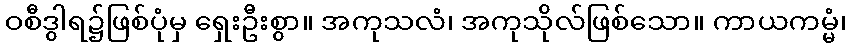
ဝစီဒွါရ၌ဖြစ်ပုံမှ ရှေးဦးစွာ။ အကုသလံ၊ အကုသိုလ်ဖြစ်သော။ ကာယကမ္မံ၊